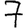
Digit: 7